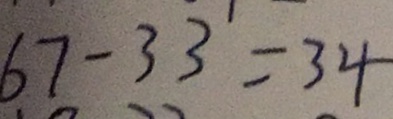
6 7 - 3 3 = 3 4